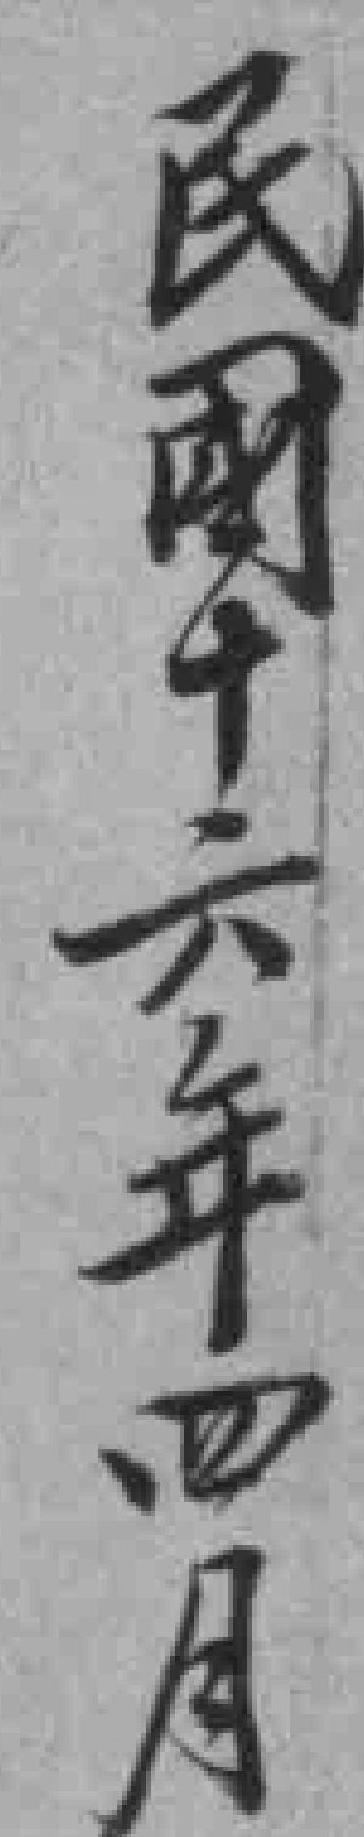
民國十六年四月